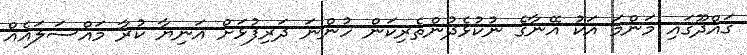
ގައްދޫގައި މަންމަ އަކު އޭނާގެ ނުކުޅެދުންތެރިކަން ހުންނަ ދަރިފުޅަށް އަނިޔާ ކުރާ މައްސަލައެއް